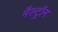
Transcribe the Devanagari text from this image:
मैल्ट्रॉन